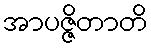
အာပဇ္ဇိတာတိ